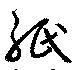
紙